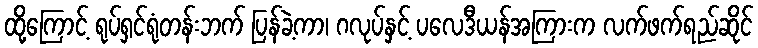
ထို့ကြောင့် ရုပ်ရှင်ရုံတန်းဘက် ပြန်ခဲ့ကာ၊ ဂလုပ်နှင့် ပလေဒီယန်အကြားက လက်ဖက်ရည်ဆိုင်